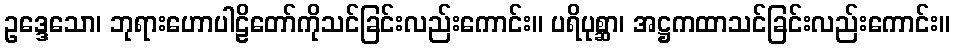
ဥဒ္ဒေသော၊ ဘုရားဟောပါဠိတော်ကိုသင်ခြင်းလည်းကောင်း။ ပရိပုစ္ဆာ၊ အဋ္ဌကထာသင်ခြင်းလည်းကောင်း။